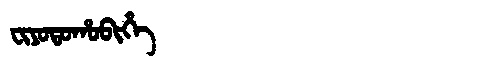
Manchu: ᠸᡳᠶᠣᡨᠣᡥᠣᠪᡳᡥᡝ
Romanization: FIYOTOHOBIHE